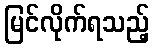
မြင်လိုက်ရသည့်